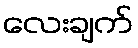
လေးချက်